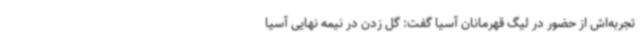
تجربه‌اش از حضور در لیگ قهرمانان آسیا گفت: گل زدن در نیمه نهایی آسیا